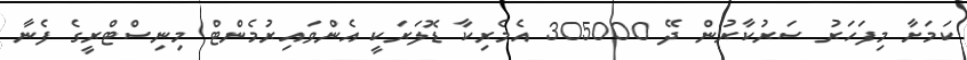
ކަމަށާ މިފަހަރު ސަރުކާރުން ދޭ 305000 އެމެރިކާ ޑޮލަރަކީ އެންވައިރުމެންޓް މިނިސްޓްރީގެ ފެނާ